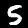
Label: 5